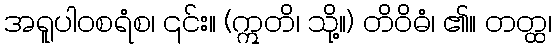
အရူပါဝစရံစ၊ ၎င်း။ (ဣတိ၊ သို့။) တိဝိဓံ၊ ၏။ တတ္ထ၊